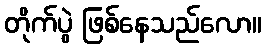
တိုက်ပွဲ ဖြစ်နေသည်လော။